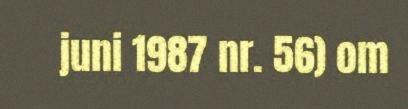
juni 1987 nr. 56) om